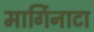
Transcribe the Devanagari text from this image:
मार्गिनाटा